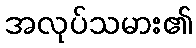
အလုပ်သမား၏